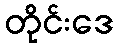
တိုင်းဒေ